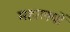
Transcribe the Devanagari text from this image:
महालयों